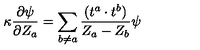
\kappa \frac { \partial \psi } { \partial Z _ { a } } = \sum _ { b \neq a } \frac { ( t ^ { a } \cdot t ^ { b } ) } { Z _ { a } - Z _ { b } } \psi